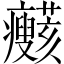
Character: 𤼞